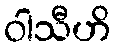
ဝါသီဟိ